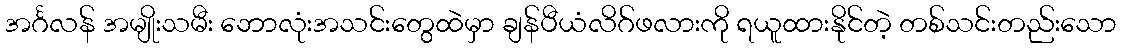
အင်္ဂလန် အမျိုးသမီး ဘောလုံးအသင်းတွေထဲမှာ ချန်ပီယံလိဂ်ဖလားကို ရယူထားနိုင်တဲ့ တစ်သင်းတည်းသော